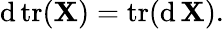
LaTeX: \operatorname{d}\operatorname{tr}(\mathbf{X})=\operatorname{tr}(\operatorname{d}\mathbf{X}).